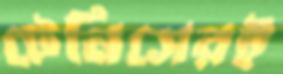
টেনিসেরই